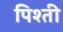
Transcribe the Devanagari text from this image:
पिश्ती